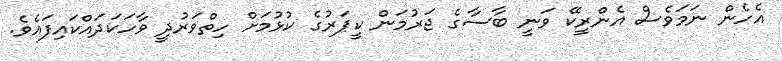
އެހެން ނަމަވެސް އެންރީކޭ ވަނީ ބާސާގެ ޖަރުމަން ކީޕަރުގެ ކުޅުމަށް ހިތްވަރުދީ ވާހަކަދައްކައިފައެވެ.